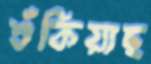
শুঁকিয়াছ